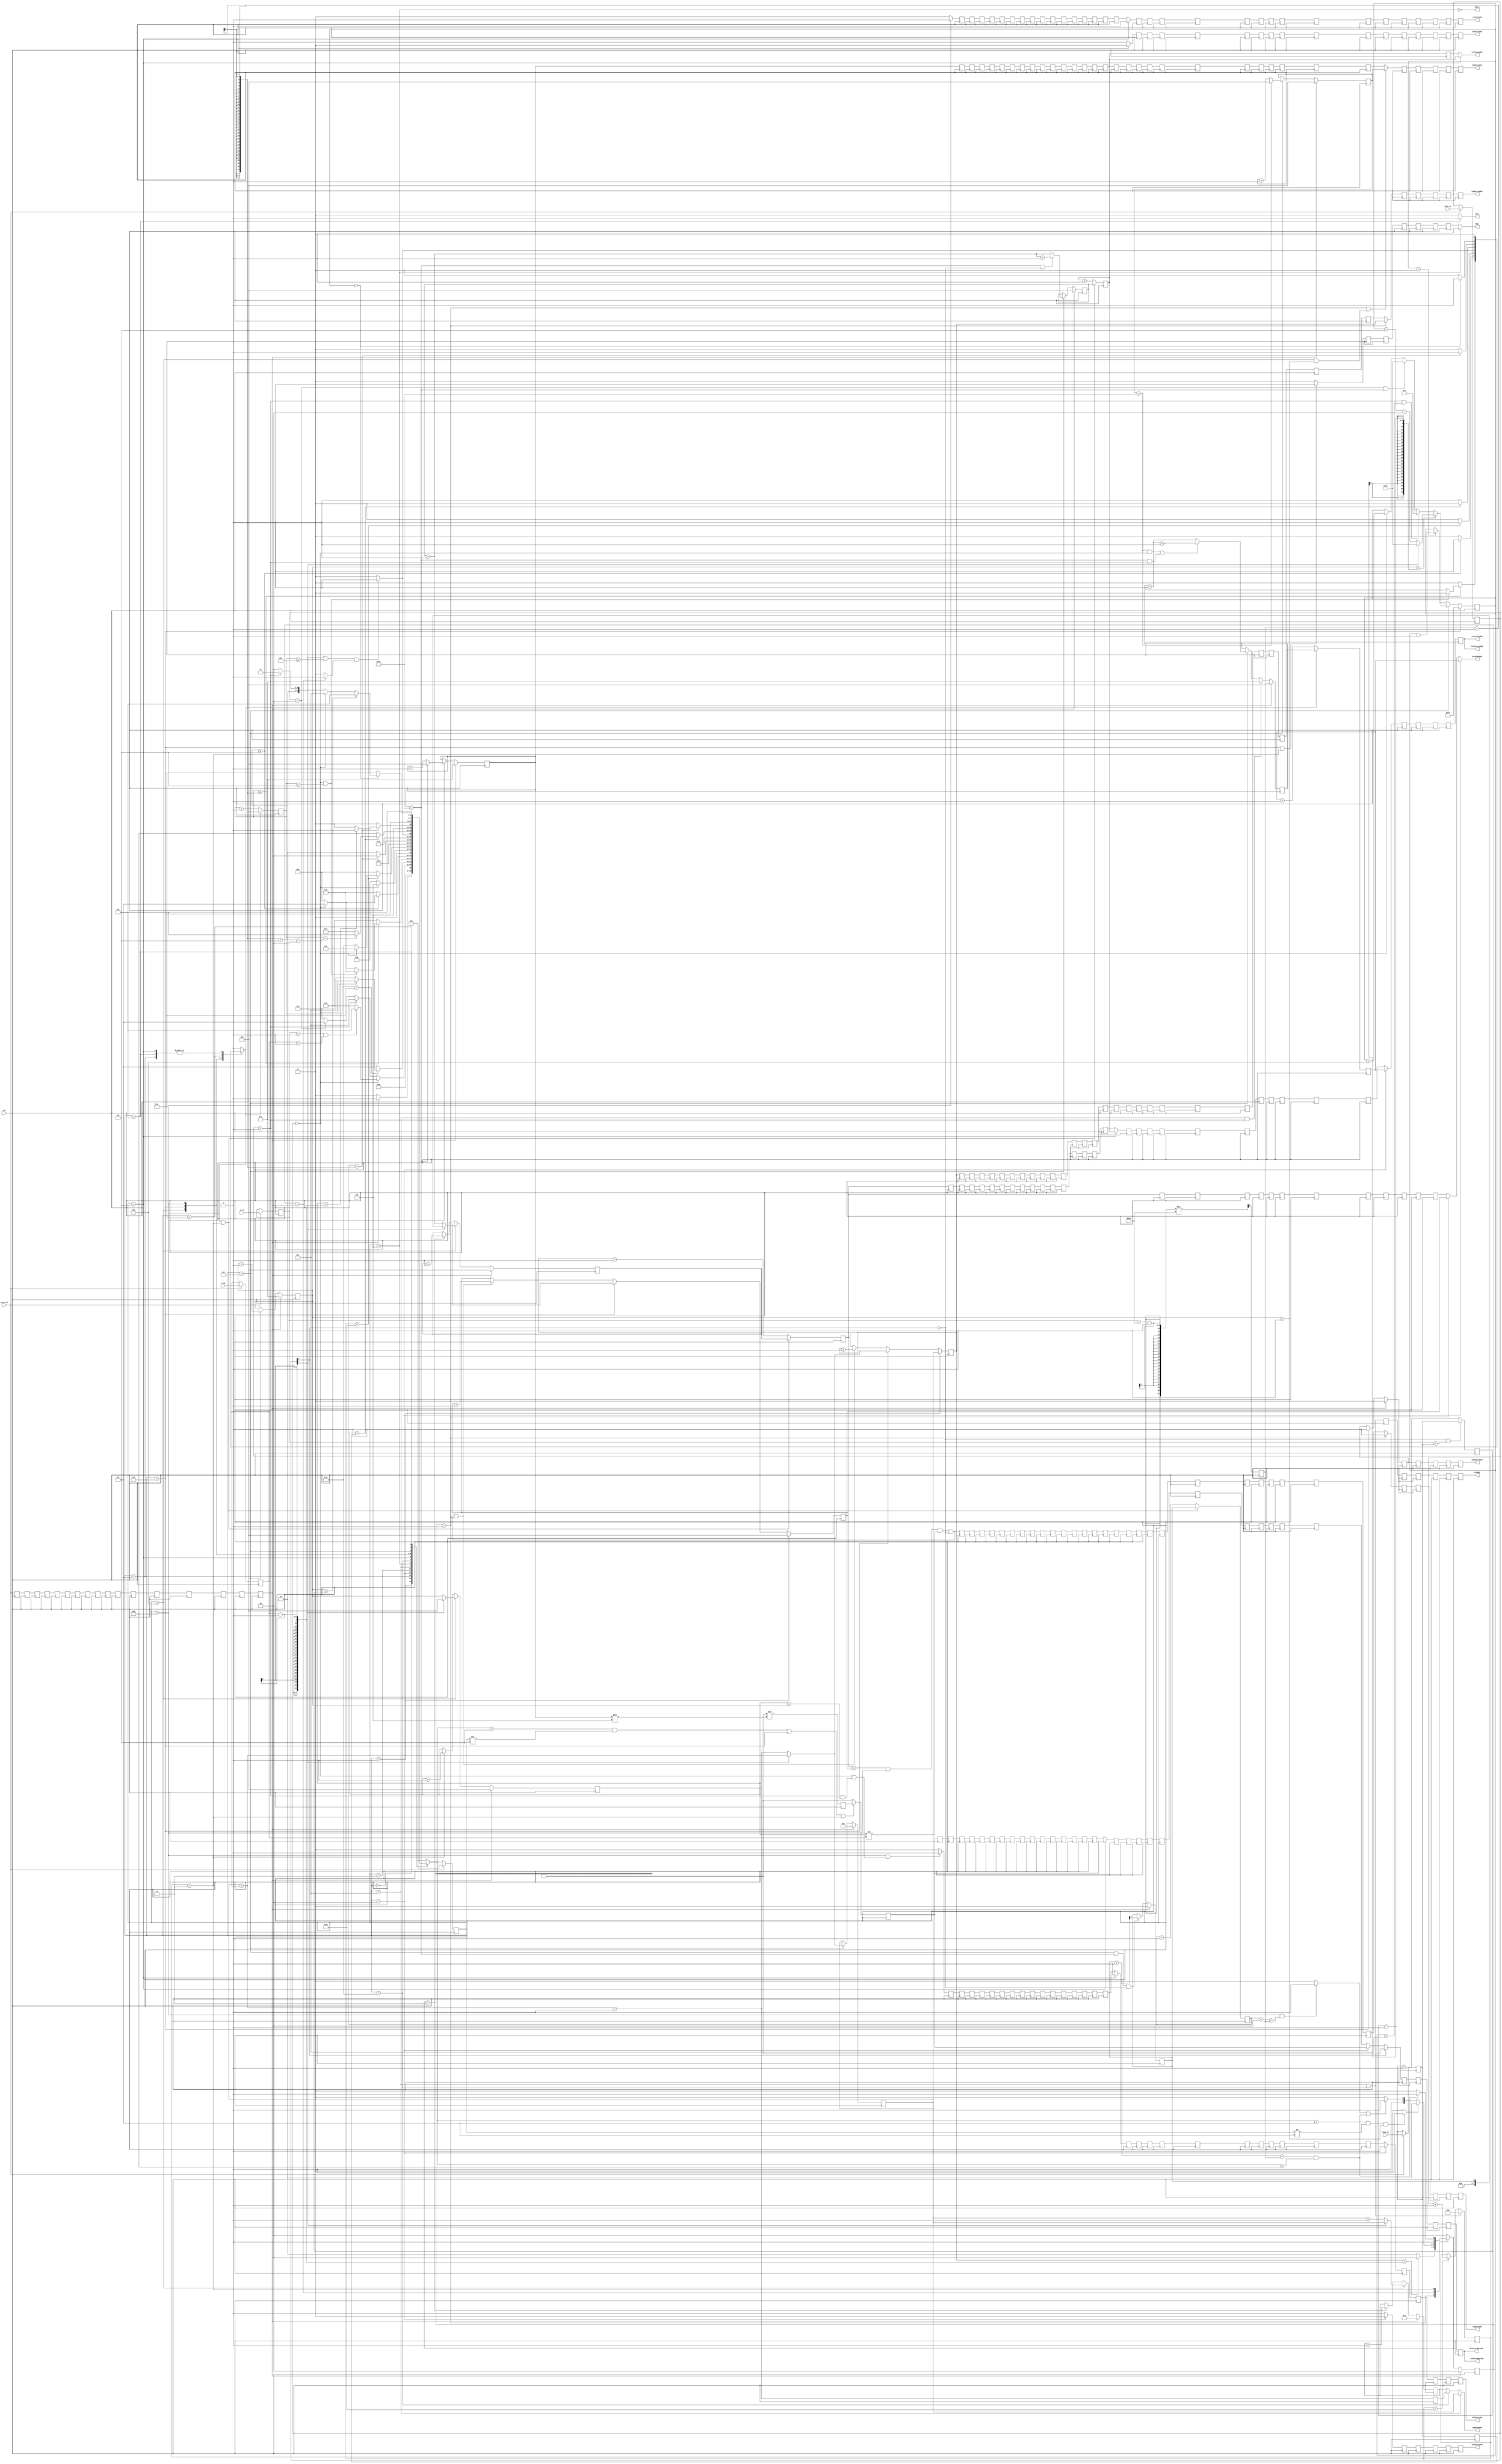
//auto-generated LUControl.v
//control block that creates all the control signals
//by Wei Zhang

module LUControl (clk, start_in, m_in, n_in, loop_in, mode_in, done,
					curReadAddr, curWriteAddr, curWriteByteEn, curWriteEn, curWriteSel, 
					leftReadAddr, leftWriteAddr, leftWriteByteEn, leftWriteEn,  leftWriteSel,
					topReadAddr, topWriteAddr, topWriteEn, topWriteSel, topSourceSel, diagEn, MOSel, MOEn);

parameter NUMPE = 230, PEWIDTH = 8;
parameter BLOCKWIDTH = 8, BLOCKDIVK = 1, BLOCKDIVKWIDTH = 1;
parameter INTDIVLAT = 15;
parameter CURLAT = 5, LEFTLAT = 5, TOPLAT = 6, DIVLAT = 51;
parameter DIVLATWIDTH = 6, MADELAY = 32, MCDELAY = 16, MDELAY = 12;
parameter LTDELAY = 1;
parameter MAXCURLEFTLAT = 5, MAXTOPLEFTLAT = 6, MAXCURTOPLAT = 6;
parameter RAMNUMBYTES = 920, RAMSIZEWIDTH = 8, TOPSIZEWIDTH = 16;

input clk, start_in;
input[BLOCKWIDTH-1:0] m_in, n_in, loop_in;
input[1:0] mode_in;
output done;

output[RAMNUMBYTES-1:0] curWriteByteEn;
output[RAMSIZEWIDTH-1:0] curWriteAddr, curReadAddr;
output curWriteEn;

output[RAMNUMBYTES-1:0] leftWriteByteEn;
output[RAMSIZEWIDTH-1:0] leftWriteAddr, leftReadAddr;
output leftWriteEn;

output[TOPSIZEWIDTH-1:0] topWriteAddr, topReadAddr;
output topWriteEn;

output leftWriteSel, curWriteSel, topSourceSel, diagEn;
output[PEWIDTH-1:0] topWriteSel;

output MOSel;
output MOEn;

parameter SETUP = 0, START = 1, FETCH_COL = 2, WAIT_COL = 3, FIND_REC = 4, MULT_COL = 5, UPDATE_J = 6,
		  STORE_MO = 7, MULT_SUB = 8, INCRE_I = 9, WAIT = 10, DONE = 11,  STORE_DIAG = 12, STORE_DIAG2 = 13, START_FETCH_ROW = 14;
parameter ROW_WAIT = 0, FETCH_ROW = 1, DONE_FETCH_ROW = 2, LOAD_ROW_INC_J = 3;

reg start, startDelay[INTDIVLAT:0];
reg[BLOCKWIDTH-1:0] m, n, stop, stop2, loop;
reg[1:0] mode;
reg[3:0] nextState, currentState;
reg[1:0] nextRowState, currentRowState;
reg startFetchRow, doneFetchRow, loadRow, writeRow;
reg updateCounter;

reg[BLOCKWIDTH-1:0] i1, j;
reg[TOPSIZEWIDTH-1:0] nextTopIdx, nextTopIdx2, curTopIdx, nextTopIdxCounter;
reg[BLOCKDIVKWIDTH-1:0] topIdx, topIdxCounter, mdivk;
reg[RAMSIZEWIDTH-1:0] diagIdx, leftIdx, msIdx;
reg[PEWIDTH-1:0] imodk, i1modk;
reg[RAMSIZEWIDTH-1:0] diagIdxCounter, leftIdxCounter, msIdxCounter, readRowCounter, topWriteCounter;
reg[RAMNUMBYTES-1:0] byteEn, i1modkByteEn;

reg done;

reg[RAMNUMBYTES-1:0] curWriteByteEn;
reg[RAMSIZEWIDTH-1:0] curWriteAddr, curReadAddr;
reg curWriteEn;

reg[RAMNUMBYTES-1:0] leftWriteByteEn;
reg[RAMSIZEWIDTH-1:0] leftWriteAddr, leftReadAddr;
reg leftWriteEn;

reg[TOPSIZEWIDTH-1:0] topWriteAddr, topReadAddr;
reg topWriteEn;

reg leftWriteSel, curWriteSel, topSourceSel, diagEn;
reg[PEWIDTH-1:0] topWriteSel;

reg MOSel;
reg MOEn;

reg[RAMSIZEWIDTH-1:0] counter;
reg[DIVLATWIDTH-1:0] divCounter;

reg[RAMNUMBYTES-1:0] writeByteEnDelay[MADELAY-1:0];
reg[RAMSIZEWIDTH-1:0] curWriteAddrDelay[MADELAY-1:0], curReadAddrDelay[MDELAY-1:0];
reg leftWriteEnDelay[MADELAY-1:0], curWriteEnDelay[MADELAY-1:0];
reg leftWriteSelDelay[CURLAT-1:0], curWriteSelDelay[MCDELAY-1:0];
reg[RAMSIZEWIDTH-1:0] leftReadAddrDelay[LTDELAY-1:0];
reg[TOPSIZEWIDTH-1:0] topWriteAddrDelay[MADELAY-1:0];
reg topWriteEnDelay[MADELAY-1:0], topSourceSelDelay[CURLAT-1:0];
reg[PEWIDTH-1:0] topWriteSelDelay[MADELAY-1:0];
reg diagEnDelay[TOPLAT-1:0];
reg MOEnDelay[MAXTOPLEFTLAT-1:0];
reg [RAMSIZEWIDTH-1:0] waitCycles;

// register store m, n and mdivk value
always @ (posedge clk)
begin
	if (start_in == 1)
	begin
		n <= n_in;
		m <= m_in;
		loop <= loop_in;
		mode <= mode_in;
	end
	if (mode[0] == 0 && m == loop)
		stop <= loop;
	else
		stop <= loop+1;
	stop2 <= loop;
	startDelay[0] <= start_in;
	startDelay[1] <= startDelay[0];
	startDelay[2] <= startDelay[1];
	startDelay[3] <= startDelay[2];
	startDelay[4] <= startDelay[3];
	startDelay[5] <= startDelay[4];
	startDelay[6] <= startDelay[5];
	startDelay[7] <= startDelay[6];
	startDelay[8] <= startDelay[7];
	startDelay[9] <= startDelay[8];
	startDelay[10] <= startDelay[9];
	startDelay[11] <= startDelay[10];
	startDelay[12] <= startDelay[11];
	startDelay[13] <= startDelay[12];
	startDelay[14] <= startDelay[13];
	startDelay[15] <= startDelay[14];
	start <= startDelay[15];
	mdivk <= (m+NUMPE-1)/NUMPE;
end

// registers that store values that are used in FSM, dependent on i and/or j
always @ (posedge clk)
begin
	if (start == 1)
		topIdx <= 0; //offset1divk;
	else if (currentState == INCRE_I && i1modk == NUMPE-1 && mode[0] == 0)
		topIdx <= topIdx + 1;
		
	if (start == 1)
		diagIdx <= 0; //offsetdivk;
	else if (currentState == STORE_DIAG && mode == 1)
		diagIdx <= BLOCKDIVK; //uppermdivk;
	else if (currentState == INCRE_I)
	begin
		if ((imodk == NUMPE-1 && mode == 0) || (i1modk == NUMPE-1 && mode == 1))
			diagIdx <= diagIdx + BLOCKDIVK + 1;
		else
			diagIdx <= diagIdx + BLOCKDIVK;
	end
	
	if (start == 1)
		leftIdx <= 0;
	else if (currentState == INCRE_I)
	begin
		if (i1modk == NUMPE-1 && mode[0] == 0)
			leftIdx <= leftIdx + BLOCKDIVK + 1;
		else
			leftIdx <= leftIdx + BLOCKDIVK;
	end

	if (start == 1)
		msIdx <= 0;
	else if (currentState == UPDATE_J)
		if (mode[1] == 0)
			msIdx <= leftIdx + BLOCKDIVK;
		else
			msIdx <= topIdx;
	else if (nextRowState == LOAD_ROW_INC_J)
		msIdx <= msIdx + BLOCKDIVK;

	if (start == 1)
		imodk <= 0; //offsetmodk;
	else if (currentState == INCRE_I)
	begin
		if (imodk == NUMPE-1)
			imodk <= 0;
		else
			imodk <= imodk + 1;
	end
	
	if (start == 1)
		i1modk <= 1; //offset1modk;
	else if (currentState == INCRE_I)
	begin
		if (i1modk == NUMPE-1)
			i1modk <= 0;
		else
			i1modk <= i1modk + 1;
	end
	
	if (start == 1)
			nextTopIdx <= 0;
	else if (currentState == INCRE_I)
		if (mode[1] == 0)
			nextTopIdx <= nextTopIdx + n + 1;
		else
			nextTopIdx <= nextTopIdx + n;
 nextTopIdx2 <= nextTopIdx + n + 1;

	if (start == 1)
		curTopIdx <= 1;
	else if (currentState == UPDATE_J)
   if (mode[1] == 0)
		  curTopIdx <= nextTopIdx+1;
   else
		  curTopIdx <= nextTopIdx;
	else if (nextRowState == LOAD_ROW_INC_J)
		curTopIdx <= curTopIdx + 1;
	
	if (start == 1)
	   i1 <= 1;
	else if (currentState == INCRE_I)
	   i1 <= i1 + 1;

	if (start == 1)
		j <= 0;
	else if (currentState == UPDATE_J)
		if (mode[1] == 0)
			j <= i1;
		else
			j <= 0;
	else if (currentRowState == LOAD_ROW_INC_J)
		j <= j + 1;

// compute cycles of delay in FSM
	if (currentState == STORE_MO)
		waitCycles <= MADELAY-1;
	else if (currentState == INCRE_I)
	begin
		if (i1 == stop-1)
			if (mode[1] == 1)
				waitCycles <= MADELAY-1 + MAXCURTOPLAT - 3;
			else
				waitCycles <= waitCycles + MAXCURLEFTLAT - 2;
		else if (mode == 1 && waitCycles < MADELAY-1 - (MCDELAY-1) - 4)
			waitCycles <= MADELAY-1 - (MCDELAY-1) - 4;
		else if (mode == 2 && i1modk == NUMPE-1)
			waitCycles <= MADELAY-1 + MAXCURTOPLAT - 3;
		else if (mode == 0)
			waitCycles <= waitCycles + MAXCURTOPLAT ;
	end
	else if (waitCycles > 0)
		waitCycles <= waitCycles - 1;

end

// determining next state of main FSM
always @ (*)
begin
	case (currentState)
	SETUP:
	begin
		if (start == 1)
			nextState = START;
		else
			nextState = SETUP;
		updateCounter = 1;
	end
	START:
	begin
		if (mode == 0)
		begin
			if (m == 1 && n == 1)
				nextState = DONE;
			else
				nextState = FETCH_COL;
		end
		else if (mode == 1)
			nextState = STORE_DIAG;
		else if (mode == 2)
			nextState = START_FETCH_ROW;
		else
			nextState = UPDATE_J;
		updateCounter = 1;
	end
	START_FETCH_ROW:
	begin
		if (counter == CURLAT+TOPLAT-1)
   begin
		  if (mode == 0)
			  nextState = STORE_DIAG;
		  else
			  nextState = UPDATE_J;
	  end
		else
			nextState = START_FETCH_ROW;
		updateCounter = 0;
	end
	FETCH_COL:
		if (counter >= mdivk-1)
		begin
			if (mode == 0 && counter < CURLAT)
			begin
				nextState = WAIT_COL;
				updateCounter = 0;
			end
			else
			begin
				if (mode == 0)
					nextState = START_FETCH_ROW;
				else
					nextState = FIND_REC;
				updateCounter = 1;
			end
		end
		else
		begin
			nextState = FETCH_COL;
			updateCounter = 0;
		end
	WAIT_COL:
		if (counter >= CURLAT)
		begin
			if (mode == 0)
				nextState = START_FETCH_ROW;
			else
				nextState = FIND_REC;
			updateCounter = 1;
		end
		else
		begin
			nextState = WAIT_COL;
			updateCounter = 0;
		end
	STORE_DIAG:
	begin
		if (mode == 0)
			nextState =  FIND_REC;
		else
			nextState =  FETCH_COL;
		updateCounter = 1;
	end
	FIND_REC:
		if (divCounter == DIVLAT)
		begin
			if (mode == 0)
				nextState = MULT_COL;
			else
				nextState = STORE_DIAG2;
			updateCounter = 1;
		end
		else
		begin
			nextState = FIND_REC;
			updateCounter = 0;
		end
	STORE_DIAG2:
	begin
		nextState =  MULT_COL;
		updateCounter = 1;
	end
	MULT_COL:
		if (topIdxCounter == mdivk-1)
		begin
			nextState = UPDATE_J;
			updateCounter = 0;
		end
		else
		begin
			nextState = MULT_COL;
			updateCounter = 0;
		end
	UPDATE_J:
		if ((mode[1] == 1 || counter >= MCDELAY-1) && doneFetchRow == 1)
		begin
			nextState = STORE_MO;
			updateCounter = 1;
		end
		else
		begin
			nextState = UPDATE_J;
			updateCounter = 0;
		end
	STORE_MO:
	begin
		if (j == stop2)
		begin
			if (counter == mdivk-1+MAXCURLEFTLAT-2)
				nextState = DONE;
			else
				nextState = STORE_MO;
			updateCounter = 0;
		end
		else
		begin
			nextState =  MULT_SUB;
			updateCounter = 1;
		end
	end
	MULT_SUB:
		if (topIdxCounter == mdivk-1)
		begin
			if (j == n-1)
				nextState = INCRE_I;
			else
				nextState = MULT_SUB;
			updateCounter = 1;
		end
		else
		begin
			nextState = MULT_SUB;
			updateCounter = 0;
		end
	INCRE_I:
	begin
		nextState = WAIT;
		updateCounter = 1;
	end
	WAIT:
		if (waitCycles == 0)
		begin
			if (i1 == stop)
				nextState = DONE;
			else if (mode == 0)
				nextState = STORE_DIAG;
			else if (mode == 1)
				nextState = FIND_REC;
			else
				nextState = UPDATE_J;
			updateCounter = 1;
		end
		else
		begin
			nextState = WAIT;
			updateCounter = 0;
		end
	DONE:
	begin
		nextState = DONE;
		updateCounter = 0;
	end
	default:
	begin
		nextState = SETUP;
		updateCounter = 1;
	end
	endcase
end

always @ (*)
begin
	if (currentRowState == DONE_FETCH_ROW)
		doneFetchRow = 1;
	else
		doneFetchRow = 0;
		if((nextState == START_FETCH_ROW && currentState != START_FETCH_ROW && i1 == 1))
		startFetchRow = 1;
	else
		startFetchRow = 0;
	if (currentState == MULT_SUB && topIdxCounter+2 == mdivk)
		loadRow = 1;
	else
		loadRow = 0;
	writeRow = (msIdxCounter == readRowCounter)&&(currentState==MULT_SUB)&&(j!=n)&&(mode[0] == 0);
end

// second FSM that controls the control signals to temp_top block
always @ (*)
begin
	case (currentRowState)
	FETCH_ROW:
		if (nextTopIdxCounter == n-1)
			nextRowState = DONE_FETCH_ROW;
		else
			nextRowState = FETCH_ROW;
	DONE_FETCH_ROW:
		if (startFetchRow == 1)
			nextRowState = FETCH_ROW;
		else if (loadRow == 1 || (topIdx+1 == mdivk && nextState == MULT_SUB))
			nextRowState = LOAD_ROW_INC_J;
		else
			nextRowState = DONE_FETCH_ROW;
	LOAD_ROW_INC_J:
		if (topIdx+1 == mdivk && nextState == MULT_SUB)
			nextRowState = LOAD_ROW_INC_J;
		else
			nextRowState = DONE_FETCH_ROW;
	default:
		nextRowState = DONE_FETCH_ROW;
	endcase
end

// address counters
always @ (posedge clk)
begin
	if (updateCounter == 1 || currentRowState == LOAD_ROW_INC_J)
		topIdxCounter <= topIdx;
	else
		topIdxCounter <= topIdxCounter + 1;

	if (updateCounter == 1)
		diagIdxCounter <= diagIdx;
	else
		diagIdxCounter <= diagIdxCounter + 1;

	if (updateCounter == 1 || currentRowState == LOAD_ROW_INC_J)
		msIdxCounter <= msIdx;
	else
		msIdxCounter <= msIdxCounter + 1;

	if (updateCounter == 1 || currentRowState == LOAD_ROW_INC_J)
		leftIdxCounter <= leftIdx;
	else
		leftIdxCounter <= leftIdxCounter + 1;
	
	if (currentState == FETCH_COL || currentState == STORE_MO)
		topWriteCounter <= i1;
	else if (writeRow == 1 || currentRowState == FETCH_ROW)
		topWriteCounter <= topWriteCounter + 1;

	if (currentState == START)
		nextTopIdxCounter <= nextTopIdx;
 else if (currentState == STORE_MO)
		if (mode[1] == 0)
			nextTopIdxCounter <= nextTopIdx + n + 1;
		else
			nextTopIdxCounter <= nextTopIdx + n;
	else if (writeRow == 1 || currentRowState == FETCH_ROW)
		nextTopIdxCounter <= nextTopIdxCounter + 1;

	if (currentState == START)
			readRowCounter <= 0; //offsetdivk;
	else if (currentState == STORE_MO)
		if (mode[1] == 0)
			readRowCounter <= leftIdx + BLOCKDIVK;
		else
			readRowCounter <= topIdx;
	else if (writeRow == 1 || currentRowState == FETCH_ROW)
	   readRowCounter <= readRowCounter + BLOCKDIVK;

	if (updateCounter == 1)
		counter <= 0;
	else
		counter <= counter + 1;

	if (currentState == STORE_DIAG || currentState == STORE_DIAG2)
		divCounter <= 0;
	else if (divCounter < DIVLAT)
		divCounter <= divCounter + 1;

	i1modkByteEn <= ~(920'h0) >> (i1modk*4);
end

// compute Byte Enable
always @ (posedge clk)
begin
	if ((nextState == MULT_COL && currentState != MULT_COL) || (currentState == STORE_MO) || currentRowState == LOAD_ROW_INC_J)
		byteEn <= i1modkByteEn;
	else
		byteEn <= ~0;
end

// update FSM state register
always @ (posedge clk)
begin
	if (start_in == 1)
		currentState <= SETUP;
	else
		currentState <= nextState;
	if (start == 1)
		currentRowState <= DONE_FETCH_ROW;
	else
		currentRowState <= nextRowState;
end

// delay register for control signals
// control signals are delayed to match latency of operations and/or memory access
always @ (posedge clk)
begin
	curReadAddrDelay[0] <= curReadAddrDelay[1];
	curReadAddrDelay[1] <= curReadAddrDelay[2];
	curReadAddrDelay[2] <= curReadAddrDelay[3];
	curReadAddrDelay[3] <= curReadAddrDelay[4];
	curReadAddrDelay[4] <= curReadAddrDelay[5];
	curReadAddrDelay[5] <= curReadAddrDelay[6];
	curReadAddrDelay[6] <= curReadAddrDelay[7];
	curReadAddrDelay[7] <= curReadAddrDelay[8];
	curReadAddrDelay[8] <= curReadAddrDelay[9];
	curReadAddrDelay[9] <= curReadAddrDelay[10];
	curReadAddrDelay[10] <= curReadAddrDelay[11];
	curReadAddrDelay[11] <= msIdxCounter;
	
	curWriteAddrDelay[0] <= curWriteAddrDelay[1];
	curWriteAddrDelay[1] <= curWriteAddrDelay[2];
	curWriteAddrDelay[2] <= curWriteAddrDelay[3];
	curWriteAddrDelay[3] <= curWriteAddrDelay[4];
	if (currentState == FETCH_COL)
		curWriteAddrDelay[4] <= diagIdxCounter;
	else
		curWriteAddrDelay[4] <= curWriteAddrDelay[5];
	curWriteAddrDelay[5] <= curWriteAddrDelay[6];
	curWriteAddrDelay[6] <= curWriteAddrDelay[7];
	curWriteAddrDelay[7] <= curWriteAddrDelay[8];
	curWriteAddrDelay[8] <= curWriteAddrDelay[9];
	curWriteAddrDelay[9] <= curWriteAddrDelay[10];
	curWriteAddrDelay[10] <= curWriteAddrDelay[11];
	curWriteAddrDelay[11] <= curWriteAddrDelay[12];
	curWriteAddrDelay[12] <= curWriteAddrDelay[13];
	curWriteAddrDelay[13] <= curWriteAddrDelay[14];
	curWriteAddrDelay[14] <= curWriteAddrDelay[15];
	if (currentState == MULT_COL)
		curWriteAddrDelay[15] <= leftIdxCounter;
	else
		curWriteAddrDelay[15] <= curWriteAddrDelay[16];
	curWriteAddrDelay[16] <= curWriteAddrDelay[17];
	curWriteAddrDelay[17] <= curWriteAddrDelay[18];
	curWriteAddrDelay[18] <= curWriteAddrDelay[19];
	curWriteAddrDelay[19] <= curWriteAddrDelay[20];
	curWriteAddrDelay[20] <= curWriteAddrDelay[21];
	curWriteAddrDelay[21] <= curWriteAddrDelay[22];
	curWriteAddrDelay[22] <= curWriteAddrDelay[23];
	curWriteAddrDelay[23] <= curWriteAddrDelay[24];
	curWriteAddrDelay[24] <= curWriteAddrDelay[25];
	curWriteAddrDelay[25] <= curWriteAddrDelay[26];
	curWriteAddrDelay[26] <= curWriteAddrDelay[27];
	curWriteAddrDelay[27] <= curWriteAddrDelay[28];
	curWriteAddrDelay[28] <= curWriteAddrDelay[29];
	curWriteAddrDelay[29] <= curWriteAddrDelay[30];
	curWriteAddrDelay[30] <= curWriteAddrDelay[31];
	curWriteAddrDelay[31] <= msIdxCounter;
	
	writeByteEnDelay[0] <= writeByteEnDelay[1];
	writeByteEnDelay[1] <= writeByteEnDelay[2];
	writeByteEnDelay[2] <= writeByteEnDelay[3];
	writeByteEnDelay[3] <= writeByteEnDelay[4];
	if (mode[0] == 1)
		writeByteEnDelay[4] <= ~0;
	else if (currentState == FETCH_COL)
		writeByteEnDelay[4] <= byteEn;
	else
		writeByteEnDelay[4] <= writeByteEnDelay[5];
	writeByteEnDelay[5] <= writeByteEnDelay[6];
	writeByteEnDelay[6] <= writeByteEnDelay[7];
	writeByteEnDelay[7] <= writeByteEnDelay[8];
	writeByteEnDelay[8] <= writeByteEnDelay[9];
	writeByteEnDelay[9] <= writeByteEnDelay[10];
	writeByteEnDelay[10] <= writeByteEnDelay[11];
	writeByteEnDelay[11] <= writeByteEnDelay[12];
	writeByteEnDelay[12] <= writeByteEnDelay[13];
	writeByteEnDelay[13] <= writeByteEnDelay[14];
	writeByteEnDelay[14] <= writeByteEnDelay[15];
	if (currentState == MULT_COL)
		writeByteEnDelay[15] <= byteEn;
	else
		writeByteEnDelay[15] <= writeByteEnDelay[16];
	writeByteEnDelay[16] <= writeByteEnDelay[17];
	writeByteEnDelay[17] <= writeByteEnDelay[18];
	writeByteEnDelay[18] <= writeByteEnDelay[19];
	writeByteEnDelay[19] <= writeByteEnDelay[20];
	writeByteEnDelay[20] <= writeByteEnDelay[21];
	writeByteEnDelay[21] <= writeByteEnDelay[22];
	writeByteEnDelay[22] <= writeByteEnDelay[23];
	writeByteEnDelay[23] <= writeByteEnDelay[24];
	writeByteEnDelay[24] <= writeByteEnDelay[25];
	writeByteEnDelay[25] <= writeByteEnDelay[26];
	writeByteEnDelay[26] <= writeByteEnDelay[27];
	writeByteEnDelay[27] <= writeByteEnDelay[28];
	writeByteEnDelay[28] <= writeByteEnDelay[29];
	writeByteEnDelay[29] <= writeByteEnDelay[30];
	writeByteEnDelay[30] <= writeByteEnDelay[31];
	writeByteEnDelay[31] <= byteEn;
	
	curWriteSelDelay[0] <= curWriteSelDelay[1];
	curWriteSelDelay[1] <= curWriteSelDelay[2];
	curWriteSelDelay[2] <= curWriteSelDelay[3];
	curWriteSelDelay[3] <= curWriteSelDelay[4];
	curWriteSelDelay[4] <= curWriteSelDelay[5];
	curWriteSelDelay[5] <= curWriteSelDelay[6];
	curWriteSelDelay[6] <= curWriteSelDelay[7];
	curWriteSelDelay[7] <= curWriteSelDelay[8];
	curWriteSelDelay[8] <= curWriteSelDelay[9];
	curWriteSelDelay[9] <= curWriteSelDelay[10];
	curWriteSelDelay[10] <= curWriteSelDelay[11];
	curWriteSelDelay[11] <= curWriteSelDelay[12];
	curWriteSelDelay[12] <= curWriteSelDelay[13];
	curWriteSelDelay[13] <= curWriteSelDelay[14];
	curWriteSelDelay[14] <= curWriteSelDelay[15];
	if (currentState == MULT_COL)
		curWriteSelDelay[15] <= 0;
	else
		curWriteSelDelay[15] <= 1;

	curWriteEnDelay[0] <= curWriteEnDelay[1];
	curWriteEnDelay[1] <= curWriteEnDelay[2];
	curWriteEnDelay[2] <= curWriteEnDelay[3];
	curWriteEnDelay[3] <= curWriteEnDelay[4];
	curWriteEnDelay[4] <= curWriteEnDelay[5];
	curWriteEnDelay[5] <= curWriteEnDelay[6];
	curWriteEnDelay[6] <= curWriteEnDelay[7];
	curWriteEnDelay[7] <= curWriteEnDelay[8];
	curWriteEnDelay[8] <= curWriteEnDelay[9];
	curWriteEnDelay[9] <= curWriteEnDelay[10];
	curWriteEnDelay[10] <= curWriteEnDelay[11];
	curWriteEnDelay[11] <= curWriteEnDelay[12];
	curWriteEnDelay[12] <= curWriteEnDelay[13];
	curWriteEnDelay[13] <= curWriteEnDelay[14];
	curWriteEnDelay[14] <= curWriteEnDelay[15];
	if (currentState == MULT_COL)
		curWriteEnDelay[15] <= 1;
	else
		curWriteEnDelay[15] <= curWriteEnDelay[16];
	curWriteEnDelay[16] <= curWriteEnDelay[17];
	curWriteEnDelay[17] <= curWriteEnDelay[18];
	curWriteEnDelay[18] <= curWriteEnDelay[19];
	curWriteEnDelay[19] <= curWriteEnDelay[20];
	curWriteEnDelay[20] <= curWriteEnDelay[21];
	curWriteEnDelay[21] <= curWriteEnDelay[22];
	curWriteEnDelay[22] <= curWriteEnDelay[23];
	curWriteEnDelay[23] <= curWriteEnDelay[24];
	curWriteEnDelay[24] <= curWriteEnDelay[25];
	curWriteEnDelay[25] <= curWriteEnDelay[26];
	curWriteEnDelay[26] <= curWriteEnDelay[27];
	curWriteEnDelay[27] <= curWriteEnDelay[28];
	curWriteEnDelay[28] <= curWriteEnDelay[29];
	curWriteEnDelay[29] <= curWriteEnDelay[30];
	curWriteEnDelay[30] <= curWriteEnDelay[31];
	if (currentState == MULT_SUB)
		curWriteEnDelay[31] <= 1;
	else
		curWriteEnDelay[31] <= 0;

	leftWriteSelDelay[0] <= leftWriteSelDelay[1];
	leftWriteSelDelay[1] <= leftWriteSelDelay[2];
	leftWriteSelDelay[2] <= leftWriteSelDelay[3];
	leftWriteSelDelay[3] <= leftWriteSelDelay[4];
	if (currentState == FETCH_COL)
		leftWriteSelDelay[4] <= 0;
	else
		leftWriteSelDelay[4] <= 1;

	leftWriteEnDelay[0] <= leftWriteEnDelay[1];
	leftWriteEnDelay[1] <= leftWriteEnDelay[2];
	leftWriteEnDelay[2] <= leftWriteEnDelay[3];
	leftWriteEnDelay[3] <= leftWriteEnDelay[4];
	if (currentState == FETCH_COL)
		leftWriteEnDelay[4] <= 1;
	else
		leftWriteEnDelay[4] <= leftWriteEnDelay[5];
	leftWriteEnDelay[5] <= leftWriteEnDelay[6];
	leftWriteEnDelay[6] <= leftWriteEnDelay[7];
	leftWriteEnDelay[7] <= leftWriteEnDelay[8];
	leftWriteEnDelay[8] <= leftWriteEnDelay[9];
	leftWriteEnDelay[9] <= leftWriteEnDelay[10];
	leftWriteEnDelay[10] <= leftWriteEnDelay[11];
	leftWriteEnDelay[11] <= leftWriteEnDelay[12];
	leftWriteEnDelay[12] <= leftWriteEnDelay[13];
	leftWriteEnDelay[13] <= leftWriteEnDelay[14];
	leftWriteEnDelay[14] <= leftWriteEnDelay[15];
	if (currentState == MULT_COL)
		leftWriteEnDelay[15] <= 1;
	else
		leftWriteEnDelay[15] <= leftWriteEnDelay[16];
	leftWriteEnDelay[16] <= leftWriteEnDelay[17];
	leftWriteEnDelay[17] <= leftWriteEnDelay[18];
	leftWriteEnDelay[18] <= leftWriteEnDelay[19];
	leftWriteEnDelay[19] <= leftWriteEnDelay[20];
	leftWriteEnDelay[20] <= leftWriteEnDelay[21];
	leftWriteEnDelay[21] <= leftWriteEnDelay[22];
	leftWriteEnDelay[22] <= leftWriteEnDelay[23];
	leftWriteEnDelay[23] <= leftWriteEnDelay[24];
	leftWriteEnDelay[24] <= leftWriteEnDelay[25];
	leftWriteEnDelay[25] <= leftWriteEnDelay[26];
	leftWriteEnDelay[26] <= leftWriteEnDelay[27];
	leftWriteEnDelay[27] <= leftWriteEnDelay[28];
	leftWriteEnDelay[28] <= leftWriteEnDelay[29];
	leftWriteEnDelay[29] <= leftWriteEnDelay[30];
	leftWriteEnDelay[30] <= leftWriteEnDelay[31];
	if (currentState == MULT_SUB && (mode == 0 || (mode == 1 && j == i1)))
		leftWriteEnDelay[31] <= 1;
	else
		leftWriteEnDelay[31] <= 0;

	topWriteAddrDelay[0] <= topWriteAddrDelay[1];
	topWriteAddrDelay[1] <= topWriteAddrDelay[2];
	topWriteAddrDelay[2] <= topWriteAddrDelay[3];
	topWriteAddrDelay[3] <= topWriteAddrDelay[4];
	if (currentRowState == FETCH_ROW)
		topWriteAddrDelay[4] <= nextTopIdxCounter;
	else
		topWriteAddrDelay[4] <=  topWriteAddrDelay[5];
	topWriteAddrDelay[5] <= topWriteAddrDelay[6];
	topWriteAddrDelay[6] <= topWriteAddrDelay[7];
	topWriteAddrDelay[7] <= topWriteAddrDelay[8];
	topWriteAddrDelay[8] <= topWriteAddrDelay[9];
	topWriteAddrDelay[9] <= topWriteAddrDelay[10];
	topWriteAddrDelay[10] <= topWriteAddrDelay[11];
	topWriteAddrDelay[11] <= topWriteAddrDelay[12];
	topWriteAddrDelay[12] <= topWriteAddrDelay[13];
	topWriteAddrDelay[13] <= topWriteAddrDelay[14];
	topWriteAddrDelay[14] <= topWriteAddrDelay[15];
	topWriteAddrDelay[15] <= topWriteAddrDelay[16];
	topWriteAddrDelay[16] <= topWriteAddrDelay[17];
	topWriteAddrDelay[17] <= topWriteAddrDelay[18];
	topWriteAddrDelay[18] <= topWriteAddrDelay[19];
	topWriteAddrDelay[19] <= topWriteAddrDelay[20];
	topWriteAddrDelay[20] <= topWriteAddrDelay[21];
	topWriteAddrDelay[21] <= topWriteAddrDelay[22];
	topWriteAddrDelay[22] <= topWriteAddrDelay[23];
	topWriteAddrDelay[23] <= topWriteAddrDelay[24];
	topWriteAddrDelay[24] <= topWriteAddrDelay[25];
	topWriteAddrDelay[25] <= topWriteAddrDelay[26];
	topWriteAddrDelay[26] <= topWriteAddrDelay[27];
	topWriteAddrDelay[27] <= topWriteAddrDelay[28];
	topWriteAddrDelay[28] <= topWriteAddrDelay[29];
	topWriteAddrDelay[29] <= topWriteAddrDelay[30];
	topWriteAddrDelay[30] <= topWriteAddrDelay[31];
		topWriteAddrDelay[31] <= nextTopIdxCounter;

	topWriteEnDelay[0] <= topWriteEnDelay[1];
	topWriteEnDelay[1] <= topWriteEnDelay[2];
	topWriteEnDelay[2] <= topWriteEnDelay[3];
	topWriteEnDelay[3] <= topWriteEnDelay[4];
	if (currentRowState == FETCH_ROW)
		topWriteEnDelay[4] <= 1;
	else
		topWriteEnDelay[4] <=  topWriteEnDelay[5];
	topWriteEnDelay[5] <= topWriteEnDelay[6];
	topWriteEnDelay[6] <= topWriteEnDelay[7];
	topWriteEnDelay[7] <= topWriteEnDelay[8];
	topWriteEnDelay[8] <= topWriteEnDelay[9];
	topWriteEnDelay[9] <= topWriteEnDelay[10];
	topWriteEnDelay[10] <= topWriteEnDelay[11];
	topWriteEnDelay[11] <= topWriteEnDelay[12];
	topWriteEnDelay[12] <= topWriteEnDelay[13];
	topWriteEnDelay[13] <= topWriteEnDelay[14];
	topWriteEnDelay[14] <= topWriteEnDelay[15];
	topWriteEnDelay[15] <= topWriteEnDelay[16];
	topWriteEnDelay[16] <= topWriteEnDelay[17];
	topWriteEnDelay[17] <= topWriteEnDelay[18];
	topWriteEnDelay[18] <= topWriteEnDelay[19];
	topWriteEnDelay[19] <= topWriteEnDelay[20];
	topWriteEnDelay[20] <= topWriteEnDelay[21];
	topWriteEnDelay[21] <= topWriteEnDelay[22];
	topWriteEnDelay[22] <= topWriteEnDelay[23];
	topWriteEnDelay[23] <= topWriteEnDelay[24];
	topWriteEnDelay[24] <= topWriteEnDelay[25];
	topWriteEnDelay[25] <= topWriteEnDelay[26];
	topWriteEnDelay[26] <= topWriteEnDelay[27];
	topWriteEnDelay[27] <= topWriteEnDelay[28];
	topWriteEnDelay[28] <= topWriteEnDelay[29];
	topWriteEnDelay[29] <= topWriteEnDelay[30];
	topWriteEnDelay[30] <= topWriteEnDelay[31];
	topWriteEnDelay[31] <= writeRow;

	topWriteSelDelay[0] <= topWriteSelDelay[1];
	topWriteSelDelay[1] <= topWriteSelDelay[2];
	topWriteSelDelay[2] <= topWriteSelDelay[3];
	topWriteSelDelay[3] <= topWriteSelDelay[4];
	if (currentRowState == FETCH_ROW || currentState == UPDATE_J && i1 == 1)
		topWriteSelDelay[4] <= imodk;
	else
		topWriteSelDelay[4] <=  topWriteSelDelay[5];
	topWriteSelDelay[5] <= topWriteSelDelay[6];
	topWriteSelDelay[6] <= topWriteSelDelay[7];
	topWriteSelDelay[7] <= topWriteSelDelay[8];
	topWriteSelDelay[8] <= topWriteSelDelay[9];
	topWriteSelDelay[9] <= topWriteSelDelay[10];
	topWriteSelDelay[10] <= topWriteSelDelay[11];
	topWriteSelDelay[11] <= topWriteSelDelay[12];
	topWriteSelDelay[12] <= topWriteSelDelay[13];
	topWriteSelDelay[13] <= topWriteSelDelay[14];
	topWriteSelDelay[14] <= topWriteSelDelay[15];
	topWriteSelDelay[15] <= topWriteSelDelay[16];
	topWriteSelDelay[16] <= topWriteSelDelay[17];
	topWriteSelDelay[17] <= topWriteSelDelay[18];
	topWriteSelDelay[18] <= topWriteSelDelay[19];
	topWriteSelDelay[19] <= topWriteSelDelay[20];
	topWriteSelDelay[20] <= topWriteSelDelay[21];
	topWriteSelDelay[21] <= topWriteSelDelay[22];
	topWriteSelDelay[22] <= topWriteSelDelay[23];
	topWriteSelDelay[23] <= topWriteSelDelay[24];
	topWriteSelDelay[24] <= topWriteSelDelay[25];
	topWriteSelDelay[25] <= topWriteSelDelay[26];
	topWriteSelDelay[26] <= topWriteSelDelay[27];
	topWriteSelDelay[27] <= topWriteSelDelay[28];
	topWriteSelDelay[28] <= topWriteSelDelay[29];
	topWriteSelDelay[29] <= topWriteSelDelay[30];
	topWriteSelDelay[30] <= topWriteSelDelay[31];
	topWriteSelDelay[31] <= i1modk;

	topSourceSelDelay[0] <= topSourceSelDelay[1];
	topSourceSelDelay[1] <= topSourceSelDelay[2];
	topSourceSelDelay[2] <= topSourceSelDelay[3];
	topSourceSelDelay[3] <= topSourceSelDelay[4];
	if (start == 1)
		topSourceSelDelay[4] <= 0;
	else if (currentState == STORE_MO)
		topSourceSelDelay[4] <= 1;

	leftReadAddrDelay[0] <= leftIdxCounter;


	diagEnDelay[0] <= diagEnDelay[1];
	diagEnDelay[1] <= diagEnDelay[2];
	diagEnDelay[2] <= diagEnDelay[3];
	diagEnDelay[3] <= diagEnDelay[4];
	diagEnDelay[4] <= diagEnDelay[5];
	diagEnDelay[5] <= (currentState == STORE_DIAG || currentState == STORE_DIAG2);

	MOEnDelay[0] <= MOEnDelay[1];
	MOEnDelay[1] <= MOEnDelay[2];
	MOEnDelay[2] <= MOEnDelay[3];
	MOEnDelay[3] <= MOEnDelay[4];
	MOEnDelay[4] <= MOEnDelay[5];
	if (currentState == STORE_MO || currentRowState == LOAD_ROW_INC_J)
		MOEnDelay[5] <= 1;
	else
		MOEnDelay[5] <= 0;
end

// output contorl signals
always @ (*)
begin
	if (currentState == FETCH_COL)
		curReadAddr <= diagIdxCounter;
	else if (currentRowState == FETCH_ROW)
	   curReadAddr <= readRowCounter;
	else
		curReadAddr <= curReadAddrDelay[0];
	curWriteAddr <= curWriteAddrDelay[0];
	curWriteByteEn <= writeByteEnDelay[0];
	curWriteSel <= curWriteSelDelay[0];
	curWriteEn <= curWriteEnDelay[0];

	if (currentState == MULT_COL)
		leftReadAddr <= leftIdxCounter;
	else
		leftReadAddr <= leftReadAddrDelay[0];
	leftWriteAddr <= curWriteAddrDelay[0];
	leftWriteByteEn <= writeByteEnDelay[0];
	leftWriteSel <= leftWriteSelDelay[0];
	leftWriteEn <= leftWriteEnDelay[0];

	if (currentState == STORE_DIAG)
		topReadAddr <= nextTopIdx;
else if (currentState == STORE_DIAG2)
   topReadAddr <= nextTopIdx2;
	else
	topReadAddr <= curTopIdx;
	topWriteAddr <= topWriteAddrDelay[0];
	topWriteEn <= topWriteEnDelay[0];
	topWriteSel <= topWriteSelDelay[0];
	topSourceSel <= topSourceSelDelay[0];

	MOSel <= ~(currentState == FIND_REC);
if (currentState == FIND_REC)
		MOEn <= 1;
	else
		MOEn <= MOEnDelay[0];

	diagEn <= diagEnDelay[0];

	if (currentState == DONE)
		done <= 1;
	else
		done <= 0;
end

endmodule